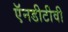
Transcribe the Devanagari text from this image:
ऍनडीटीवी